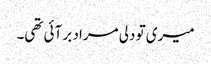
میری تو دلی مراد بر آئی تھی۔